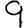
Digit: 9